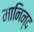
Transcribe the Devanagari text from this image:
मानिन्द